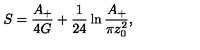
S = { \frac { A _ { + } } { 4 G } } + { \frac { 1 } { 2 4 } } \ln { \frac { A _ { + } } { \pi z _ { 0 } ^ { 2 } } } ,